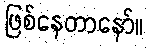
ဖြစ်နေတာနော်။